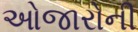
ઓજારોની